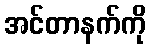
အင်တာနက်ကို